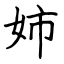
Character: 姉